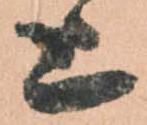
上